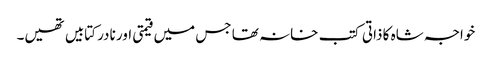
خواجہ شاہ کا ذاتی کتب خانہ تھا جس میں قیمتی اور نادر کتابیں تھیں۔